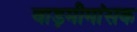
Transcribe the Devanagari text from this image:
वाड़मीमांसक